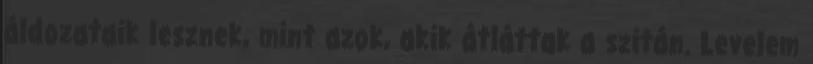
áldozataik lesznek, mint azok, akik átláttak a szitán. Levelem